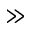
\gg